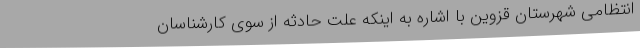
انتظامی شهرستان قزوین با اشاره به اینکه علت حادثه از سوی کارشناسان